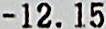
-12.15